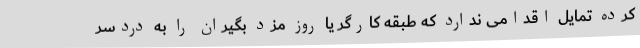
کرده تمایل اقدامی ندارد که طبقه کارگر یا روز مزد بگیران را به دردسر